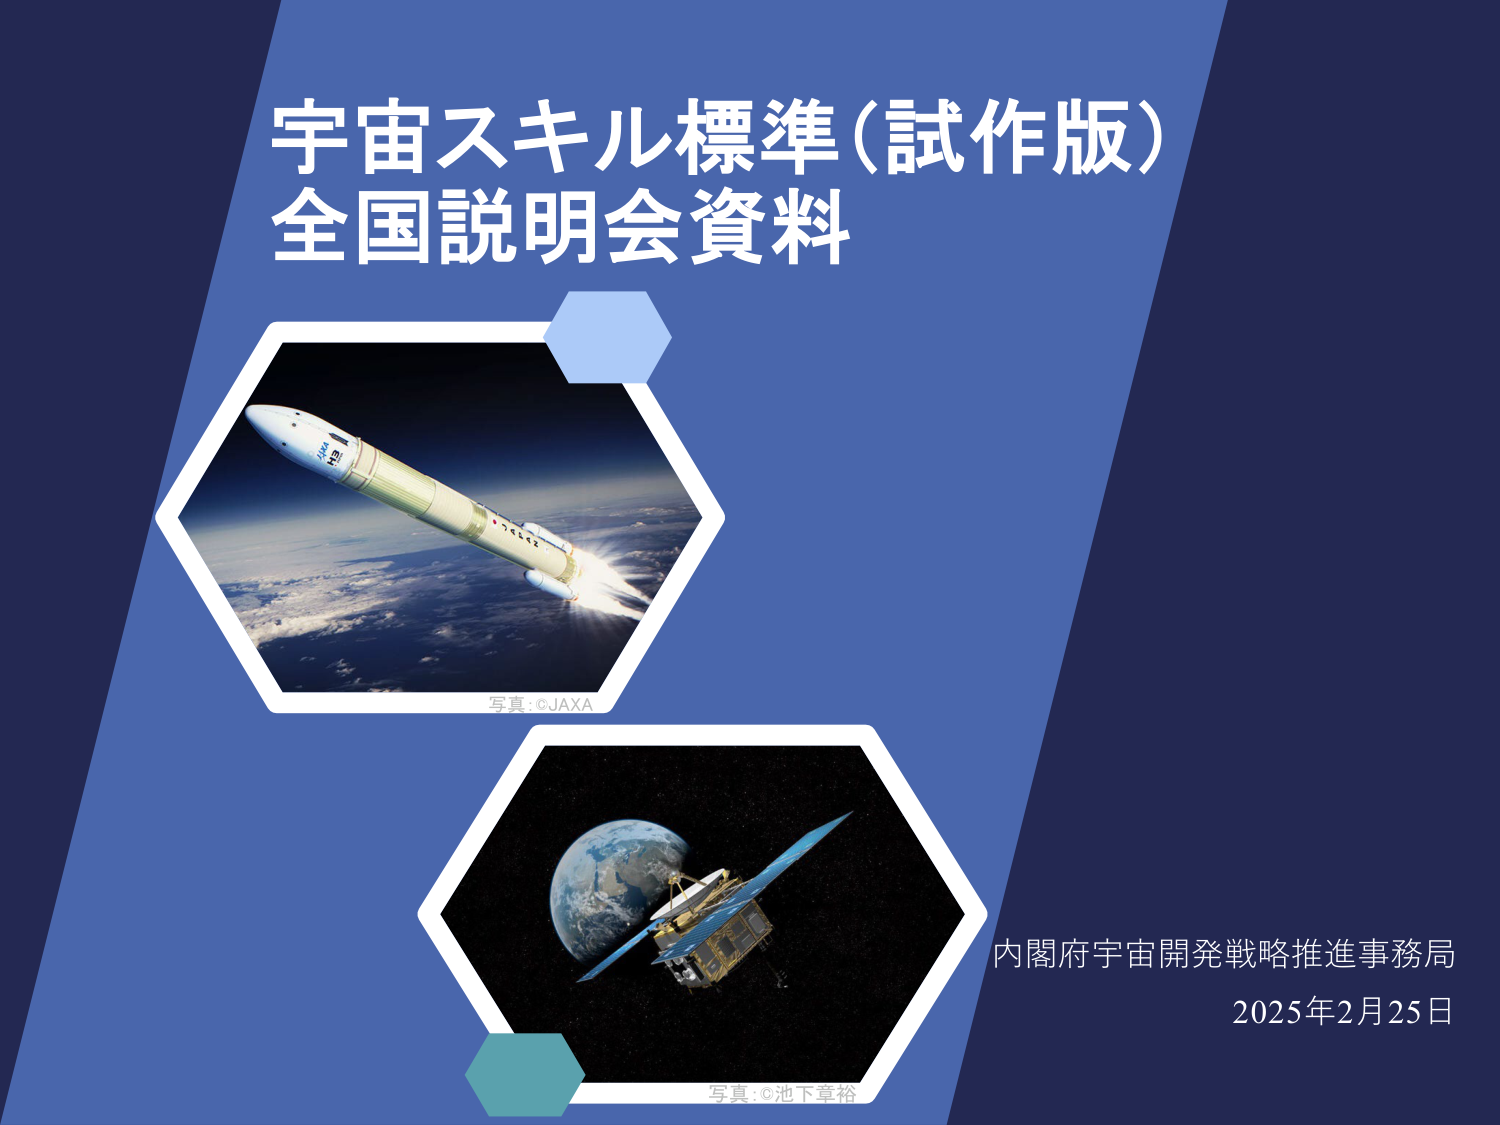
宇宙スキル標準（試作版）
全国説明会資料

写真：©JAXA

写真：©池下章裕

内閣府宇宙開発戦略推進事務局
2025年2月25日